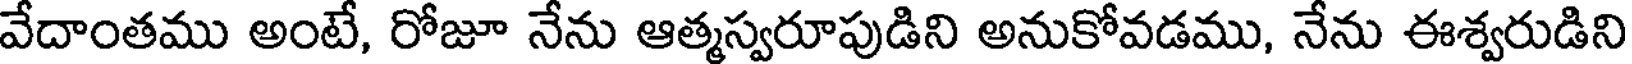
వేదాంతము అంటే, రోజూ నేను ఆత్మస్వరూపుడిని అనుకోవడము, నేను ఈశ్వరుడిని